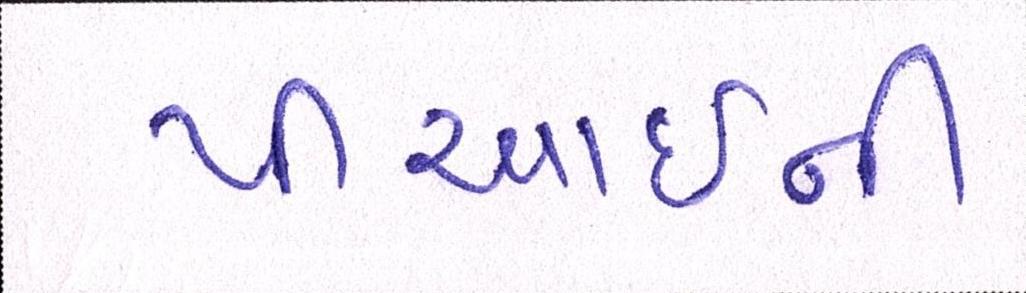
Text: પીઆઈની